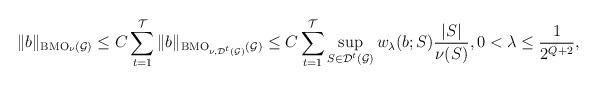
LaTeX: \begin{align*}\|b\|_{ {\rm BMO}_\nu(\mathcal G) }\leq C \sum_{t=1}^\mathcal T \|b\|_{{\rm BMO}_{\nu,\mathcal D^t(\mathcal G)}(\mathcal G)} \leq C\sum_{t=1}^\mathcal T \sup_{S\in \mathcal D^t(\mathcal G)} w_\lambda(b;S) {|S|\over \nu(S)}, 0<\lambda\leq {1\over 2^{Q+2}},\end{align*}